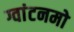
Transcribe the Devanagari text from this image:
ग्वांटनमो